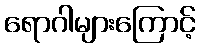
ရောဂါများကြောင့်